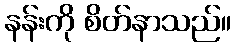
နန်းကို စိတ်နာသည်။